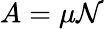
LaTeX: A=\mu\mathcal{N}